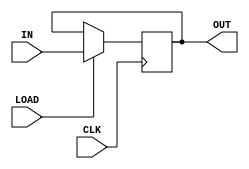
module register #(parameter SIZE=64) (
  input wire[SIZE-1:0] IN,
  output reg[SIZE-1:0] OUT,
  input wire LOAD,
  input wire CLK
);

  always @(posedge CLK) begin
    if (LOAD)
      OUT <= IN;
  end

endmodule